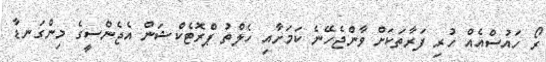
ރޯ ހައުސްއެއް ހުރި ފަރާތަކަށް ވާންޖެހޭނެ ކަމަށާއި ހެލްތު ޕްރޮޓެކްޝަން އެޖެންސީގެ މިންގަނޑާ